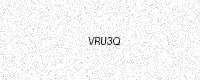
Text: VRU3Q